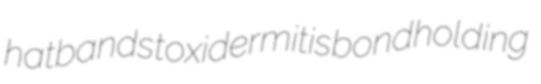
hatbands toxidermitis bondholding